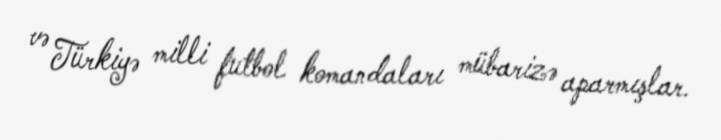
və Türkiyə milli futbol komandaları mübarizə aparmışlar.